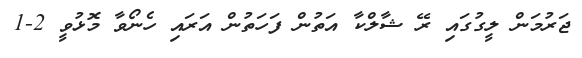
ޖަރުމަން ލީގުގައި ރޭ ޝާލްކާ އަތުން ފަހަތުން އަރައި ހެނޯވާ މޮޅުވީ 2-1